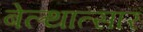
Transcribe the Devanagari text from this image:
बेल्थात्सार